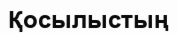
Қосылыстың